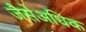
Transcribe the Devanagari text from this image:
जैसेअधिक